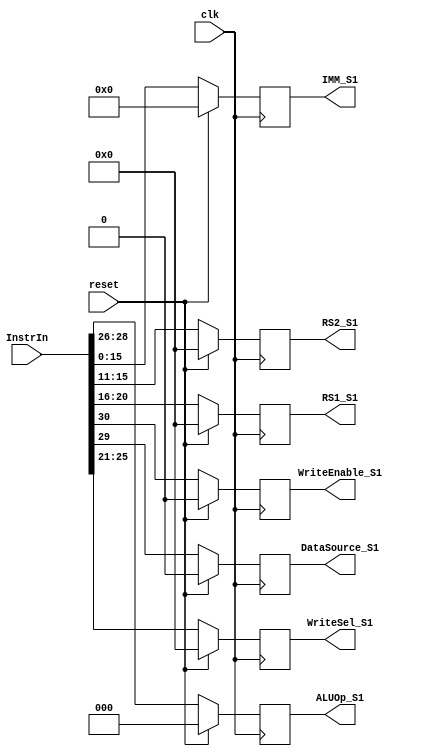
`timescale 1ns / 1ps
//////////////////////////////////////////////////////////////////////////////////
// Company: 
// Engineer: 
// 
// Design Name: 
// Module Name:    Stage1 
// Project Name: 
// Target Devices: 
// Tool versions: 
// Description: 
//
// Dependencies: 
//
// Revision: 
// Revision 0.01 - File Created
// Additional Comments: 
//
//////////////////////////////////////////////////////////////////////////////////
module Stage1(InstrIn,clk,reset,RS1_S1,RS2_S1,IMM_S1,DataSource_S1,ALUOp_S1,WriteSel_S1,WriteEnable_S1);

input [31:0]InstrIn;
input clk,reset;
output reg [4:0]RS1_S1,RS2_S1,WriteSel_S1;
output reg [15:0]IMM_S1;
output reg DataSource_S1;
output reg [2:0]ALUOp_S1;
output reg WriteEnable_S1;

always @(posedge clk)
	begin
	if(reset)
		begin
			RS1_S1 <= 0;
			RS2_S1 <= 0;
			IMM_S1 <= 0;
			ALUOp_S1 <= 0;
			WriteSel_S1 <= 0;
			DataSource_S1 <= 0;
			WriteEnable_S1 <= 0;
		end
	
	else
		begin
			RS1_S1 <= InstrIn[20:16];
			RS2_S1 <= InstrIn[15:11];
			IMM_S1 <= InstrIn[15:0];
			ALUOp_S1 <= InstrIn[28:26];
			WriteSel_S1 <= InstrIn[25:21];
			DataSource_S1 <= InstrIn[29];
			WriteEnable_S1 <= InstrIn[30];
		end
	end

endmodule